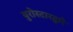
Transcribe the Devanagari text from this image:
युरोस्टारद्वारे